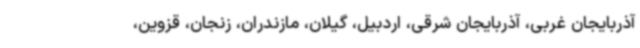
آذربایجان غربی، آذربایجان شرقی، اردبیل، گیلان، مازندران، زنجان، قزوین،